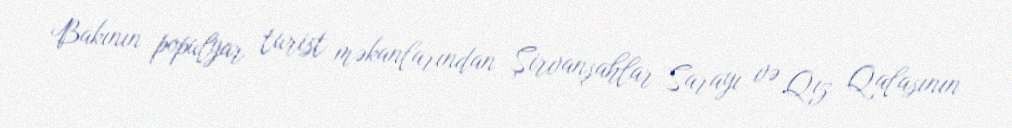
Bakının populyar turist məkanlarından Şirvanşahlar Sarayı və Qız Qalasının